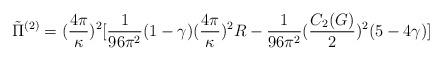
LaTeX: \begin{align*}\tilde{\Pi}^{(2)} = (\frac{4\pi}{\kappa})^2[ \frac{1}{96\pi^2}(1-\gamma) (\frac{4\pi}{\kappa})^2 R - \frac{1}{96\pi^2}(\frac{C_2 (G)}{2})^2 (5 -4\gamma )]\end{align*}